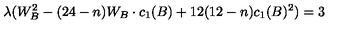
\lambda ( W _ { B } ^ { 2 } - ( 2 4 - n ) W _ { B } \cdot c _ { 1 } ( B ) + 1 2 ( 1 2 - n ) c _ { 1 } ( B ) ^ { 2 } ) = 3